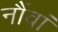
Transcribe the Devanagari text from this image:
नौंवां